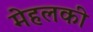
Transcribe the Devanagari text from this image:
मेहलकी